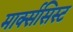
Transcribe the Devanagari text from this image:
मार्क्‍ससिस्‍ट